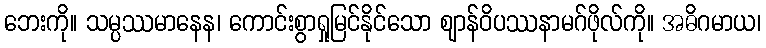
ဘေးကို။ သမ္ပဿမာနေန၊ ကောင်းစွာရှုမြင်နိုင်သော ဈာန်ဝိပဿနာမဂ်ဖိုလ်ကို။ အဓိဂမာယ၊